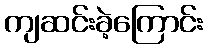
ကျဆင်းခဲ့ကြောင်း